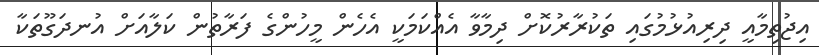
އިޖުތިމާއީ ދިރިއުޅުމުގައި ތަކުރާރުކޮށް ދިމާވާ އެއްކަމަކީ އެހެން މީހުންގެ ފަރާތުން ކަލާއަށް އުނދަގޫތަކާ